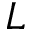
L